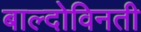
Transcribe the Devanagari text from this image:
बाल्दोविनती